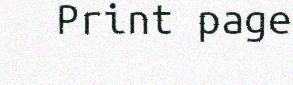
Print page